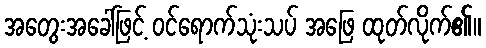
အတွေးအခေါ်ဖြင့် ဝင်ရောက်သုံးသပ် အဖြေ ထုတ်လိုက်၏။